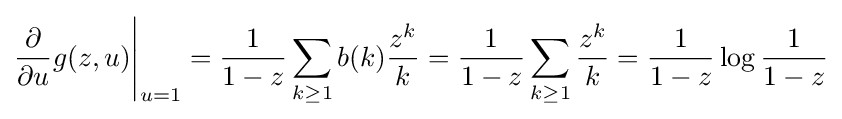
{\frac {\partial }{\partial u}}g(z,u){\Bigg |}_{u=1}={\frac {1}{1-z}}\sum _{k\geq 1}b(k){\frac {z^{k}}{k}}={\frac {1}{1-z}}\sum _{k\geq 1}{\frac {z^{k}}{k}}={\frac {1}{1-z}}\log {\frac {1}{1-z}}